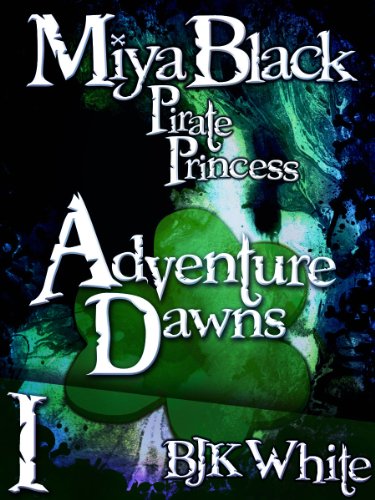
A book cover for Miya Black, Pirate Princess I: Adventure Dawns; Ben White; Teen & Young Adult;